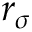
r _ { \sigma }